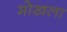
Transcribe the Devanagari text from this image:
मोखला